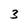
Character: 3